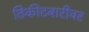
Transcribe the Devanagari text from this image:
तिकीटबारीवर